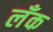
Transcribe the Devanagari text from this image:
लँक